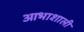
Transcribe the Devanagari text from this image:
आभाशाली